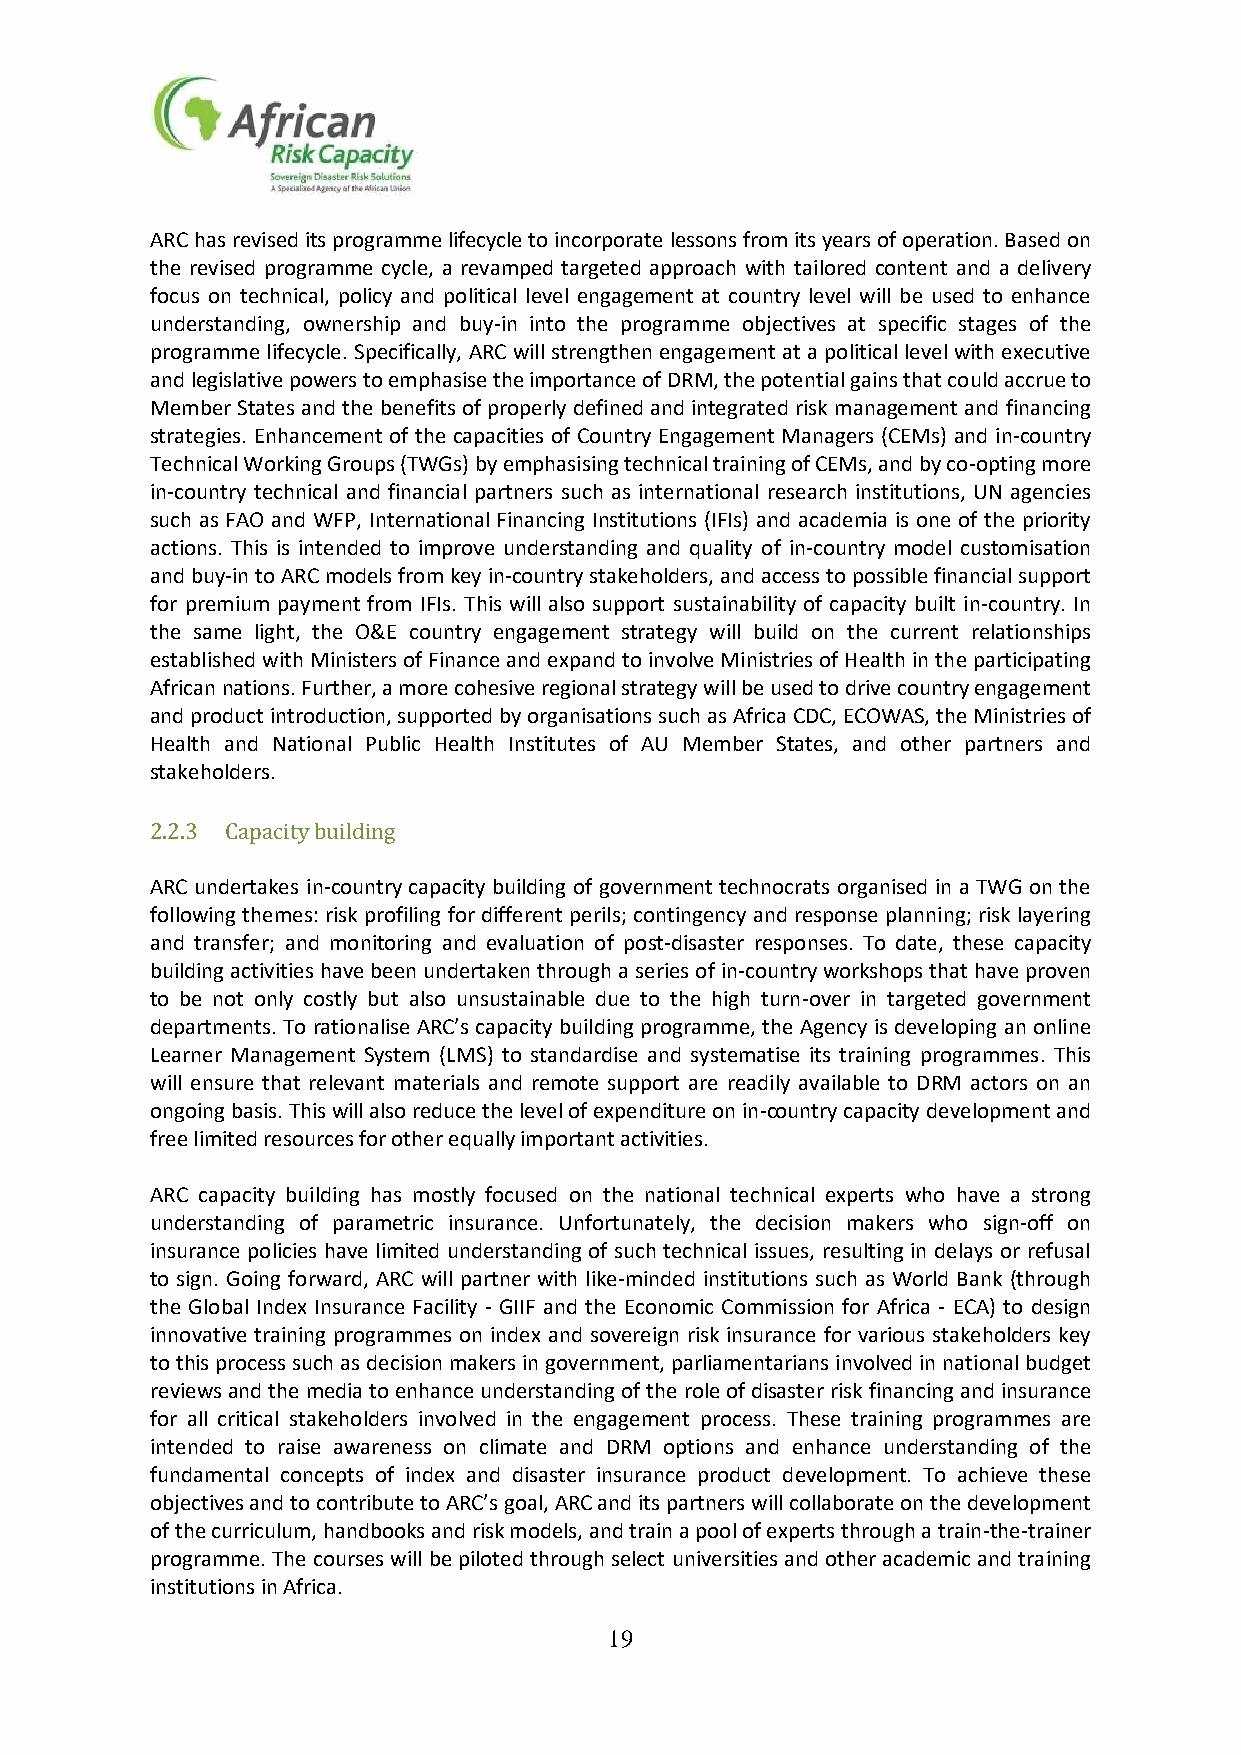
ARC has revised its programme lifecycle to incorporate lessons from its years of operation. Based on
 the revised programme cycle, a revamped targeted approach with tailored content and a delivery
 focus on technical, policy and political level engagement at country level will be used to enhance
 understanding, ownership and buy-in into the programme objectives at specific stages of the
 programme lifecycle. Specifically, ARC will strengthen engagement at a political level with executive
 and legislative powers to emphasise the importance of DRM, the potential gains that could accrue to
 Member States and the benefits of properly defined and integrated risk management and financing
 strategies. Enhancement of the capacities of Country Engagement Managers (CEMs) and in-country
 Technical Working Groups (TWGs) by emphasising technical training of CEMs, and by co-opting more
 in-country technical and financial partners such as international research institutions, UN agencies
 such as FAO and WFP, International Financing Institutions (IFIs) and academia is one of the priority
 actions. This is intended to improve understanding and quality of in-country model customisation
 and buy-in to ARC models from key in-country stakeholders, and access to possible financial support
 for premium payment from IFIs. This will also support sustainability of capacity built in-country. In
 the same light, the O&E country engagement strategy will build on the current relationships
 established with Ministers of Finance and expand to involve Ministries of Health in the participating
 African nations. Further, a more cohesive regional strategy will be used to drive country engagement
 and product introduction, supported by organisations such as Africa CDC, ECOWAS, the Ministries of
 Health and National Public Health Institutes of AU Member States, and other partners and
 stakeholders.
 2.2.3 Capacity building
 ARC undertakes in-country capacity building of government technocrats organised in a TWG on the
 following themes: risk profiling for different perils; contingency and response planning; risk layering
 and transfer; and monitoring and evaluation of post-disaster responses. To date, these capacity
 building activities have been undertaken through a series of in-country workshops that have proven
 to be not only costly but also unsustainable due to the high turn-over in targeted government
 departments. To rationalise ARC’s capacity building programme, the Agency is developing an online
 Learner Management System (LMS) to standardise and systematise its training programmes. This
 will ensure that relevant materials and remote support are readily available to DRM actors on an
 ongoing basis. This will also reduce the level of expenditure on in-country capacity development and
 free limited resources for other equally important activities.
 ARC capacity building has mostly focused on the national technical experts who have a strong
 understanding of parametric insurance. Unfortunately, the decision makers who sign-off on
 insurance policies have limited understanding of such technical issues, resulting in delays or refusal
 to sign. Going forward, ARC will partner with like-minded institutions such as World Bank (through
 the Global Index Insurance Facility - GIIF and the Economic Commission for Africa - ECA) to design
 innovative training programmes on index and sovereign risk insurance for various stakeholders key
 to this process such as decision makers in government, parliamentarians involved in national budget
 reviews and the media to enhance understanding of the role of disaster risk financing and insurance
 for all critical stakeholders involved in the engagement process. These training programmes are
 intended to raise awareness on climate and DRM options and enhance understanding of the
 fundamental concepts of index and disaster insurance product development. To achieve these
 objectives and to contribute to ARC’s goal, ARC and its partners will collaborate on the development
 of the curriculum, handbooks and risk models, and train a pool of experts through a train-the-trainer
 programme. The courses will be piloted through select universities and other academic and training
 institutions in Africa.
 19